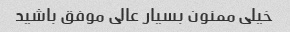
خیلی ممنون بسیار عالی موفق باشید